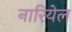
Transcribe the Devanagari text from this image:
नारियेल